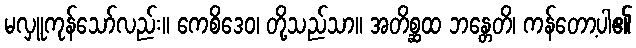
မလှူကုန်သော်လည်း။ ကေစိဒေဝ၊ တို့သည်သာ။ အတိစ္ဆထ ဘန္တေတိ၊ ကန်တော့ပါ၏